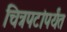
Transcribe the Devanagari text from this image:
चित्रपटांपर्यंत